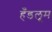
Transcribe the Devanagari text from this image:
हँडलूम